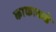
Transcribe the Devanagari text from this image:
काकाकडे